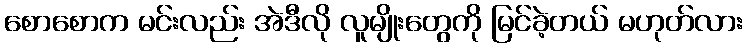
စောစောက မင်းလည်း အဲဒီလို လူမျိုးတွေကို မြင်ခဲ့တယ် မဟုတ်လား